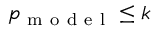
p _ { \mathrm { ~ m ~ o ~ d ~ e ~ l ~ } } \leq k